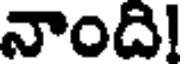
నాంది!